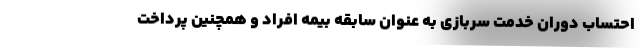
احتساب دوران خدمت سربازی به عنوان سابقه بیمه افراد و همچنین پرداخت